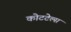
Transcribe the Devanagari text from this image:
कोटटेल्स